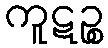
ကူဋဉ္စ